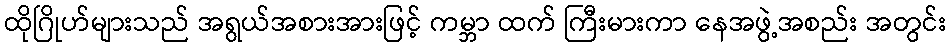
ထိုဂြိုဟ်များသည် အရွယ်အစားအားဖြင့် ကမ္ဘာ ထက် ကြီးမားကာ နေအဖွဲ့အစည်း အတွင်း